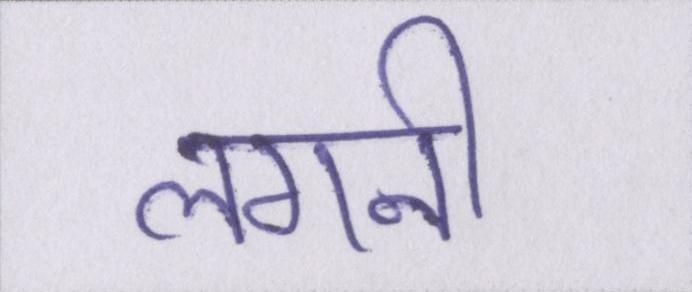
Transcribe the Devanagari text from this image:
लगनी